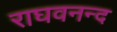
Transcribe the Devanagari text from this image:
राघवनन्द